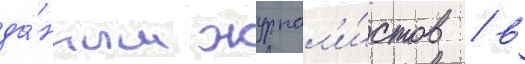
да́нным журнал'и́стов / в